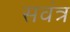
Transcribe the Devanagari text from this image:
सवंत्र